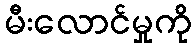
မီးလောင်မှုကို